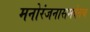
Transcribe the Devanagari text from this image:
मनोरंजनासमवेतच